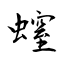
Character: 螲